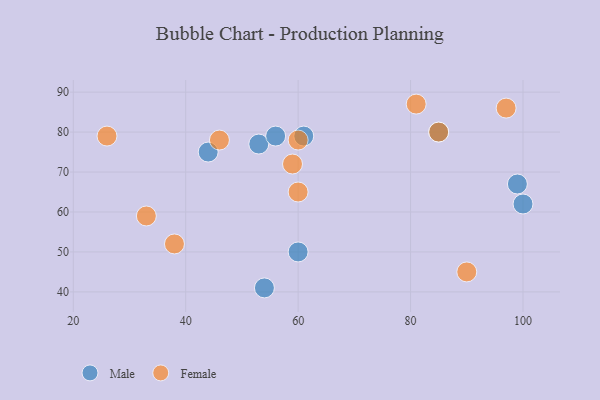
{"axis": {"x": "GDP", "y": "Life Expectancy"}, "legend": ["Female", "Male"], "data": [{"x": "54", "y": 41, "type": "Male"}, {"x": "53", "y": 77, "type": "Male"}, {"x": "100", "y": 62, "type": "Male"}, {"x": "60", "y": 50, "type": "Male"}, {"x": "99", "y": 67, "type": "Male"}, {"x": "85", "y": 80, "type": "Male"}, {"x": "44", "y": 75, "type": "Male"}, {"x": "61", "y": 79, "type": "Male"}, {"x": "56", "y": 79, "type": "Male"}, {"x": "33", "y": 59, "type": "Female"}, {"x": "46", "y": 78, "type": "Female"}, {"x": "59", "y": 72, "type": "Female"}, {"x": "90", "y": 45, "type": "Female"}, {"x": "97", "y": 86, "type": "Female"}, {"x": "38", "y": 52, "type": "Female"}, {"x": "26", "y": 79, "type": "Female"}, {"x": "60", "y": 65, "type": "Female"}, {"x": "60", "y": 78, "type": "Female"}, {"x": "85", "y": 80, "type": "Female"}, {"x": "81", "y": 87, "type": "Female"}]}